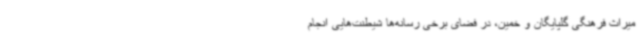
میراث فرهنگی گلپایگان و خمین، در فضای برخی رسانه‌ها شیطنت‌هایی انجام